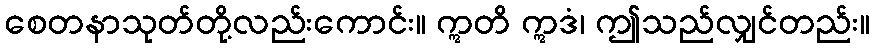
စေတနာသုတ်တို့လည်းကောင်း။ ဣတိ ဣဒံ၊ ဤသည်လျှင်တည်း။